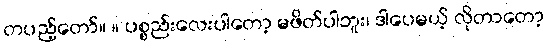
တပည့်တော်။ ။ ပစ္စည်းလေးပါတော့ မဖိတ်ပါဘူး၊ ဒါပေမယ့် လိုတာတော့